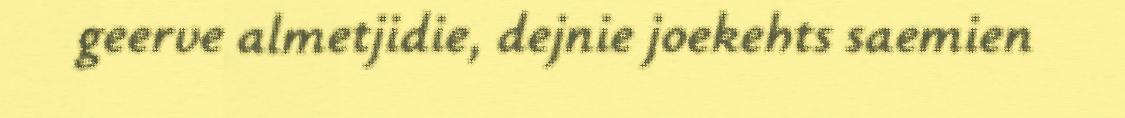
geerve almetjidie, dejnie joekehts saemien